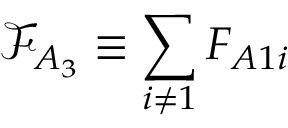
\mathcal { F } _ { A _ { 3 } } \equiv \sum _ { i \neq 1 } F _ { A 1 i }